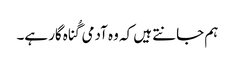
‏ ہم جانتے ہیں کہ وہ آدمی گُناہ‌گار ہے۔